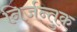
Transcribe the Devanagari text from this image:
निर्जन्तुक